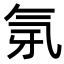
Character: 𭯲